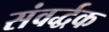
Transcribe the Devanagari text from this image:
संवर्द्धक